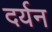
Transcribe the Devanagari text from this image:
दर्यन